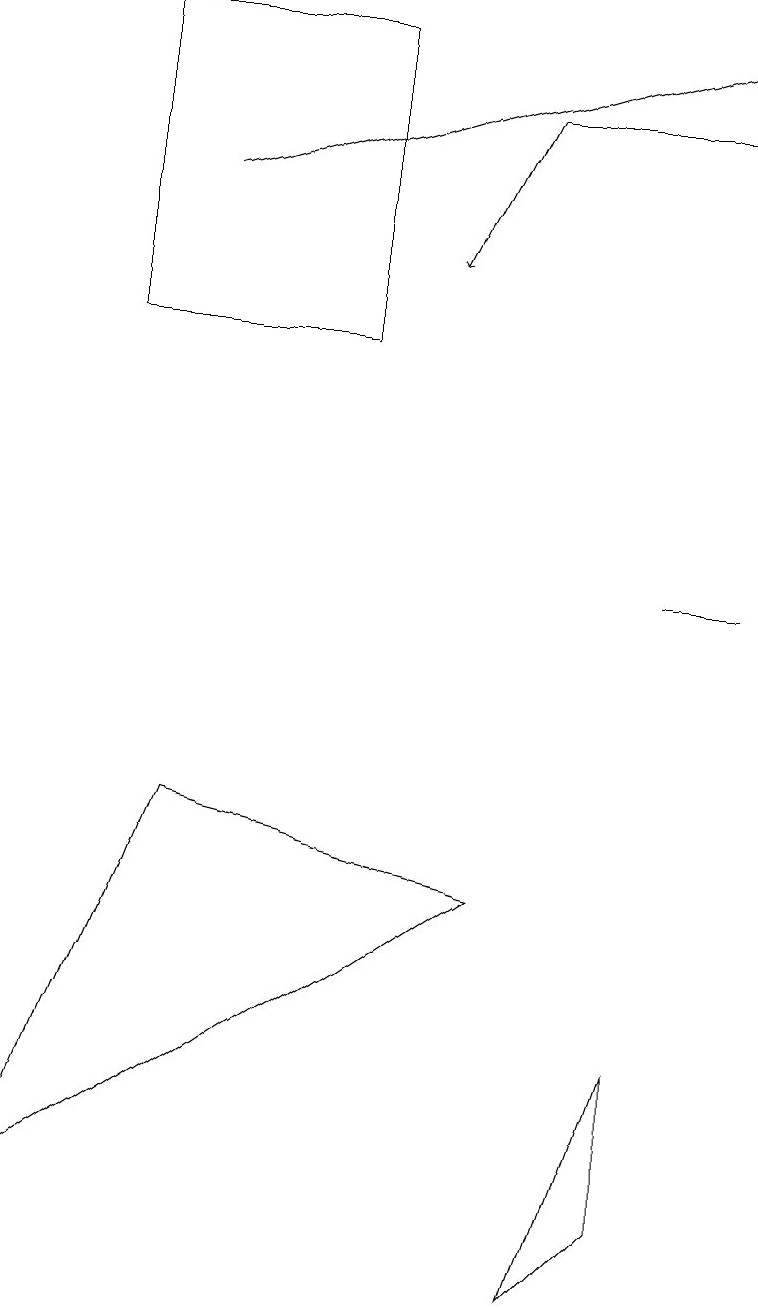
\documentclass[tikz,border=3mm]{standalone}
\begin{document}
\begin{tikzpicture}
\draw (8,10) rectangle (9,10);
\draw[->] (6,16) -- (5,14);
\draw[->] (2,15) -- (9,17);
\draw (8,4) -- (8,2) -- (7,1) -- cycle;
\draw (4,13) rectangle (1,17);
\draw (0,2) -- (2,7) -- (6,6) -- cycle;
\draw (6,16) rectangle (9,16);
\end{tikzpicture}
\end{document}